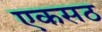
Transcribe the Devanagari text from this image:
एकसठ